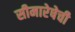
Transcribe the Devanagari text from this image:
सीमारेषेची